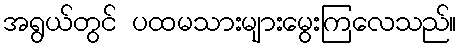
အရွယ်တွင် ပထမသားများမွေးကြလေသည်။